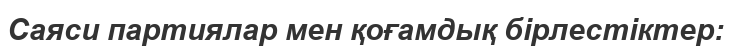
Саяси партиялар мен қоғамдық бірлестіктер: